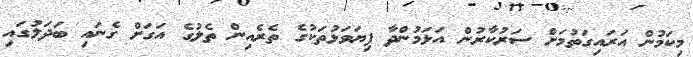
މިކަމުން އަރައިގަތުމަށް ސަރުކާރުން އަޅަމުންދާ ފިޔަވަޅުތަކުގެ ތެރެއިން ތެލުގެ އަގަށް ގެނައި ބަދަލުގައި